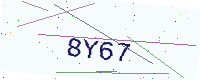
Text: 8Y67